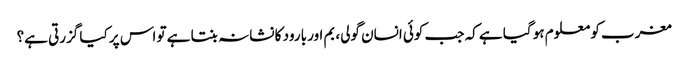
مغرب کو معلوم ہو گیا ہے کہ جب کوئی انسان گولی، بم اور بارود کا نشانہ بنتا ہے تو اس پر کیا گزرتی ہے؟